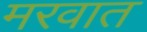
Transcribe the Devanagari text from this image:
मरवात